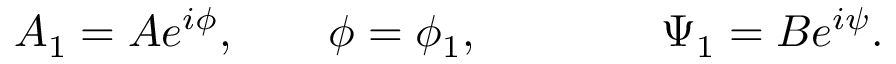
{ \cal A } _ { 1 } = A e ^ { i \phi } , \qquad \phi = \phi _ { 1 } , \qquad \qquad \Psi _ { 1 } = B e ^ { i \psi } .